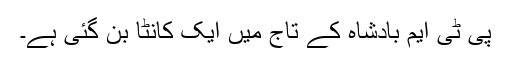
پی ٹی ایم بادشاہ کے تاج میں ایک کانٹا بن گئی ہے۔